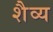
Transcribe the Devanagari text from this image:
शैव्य